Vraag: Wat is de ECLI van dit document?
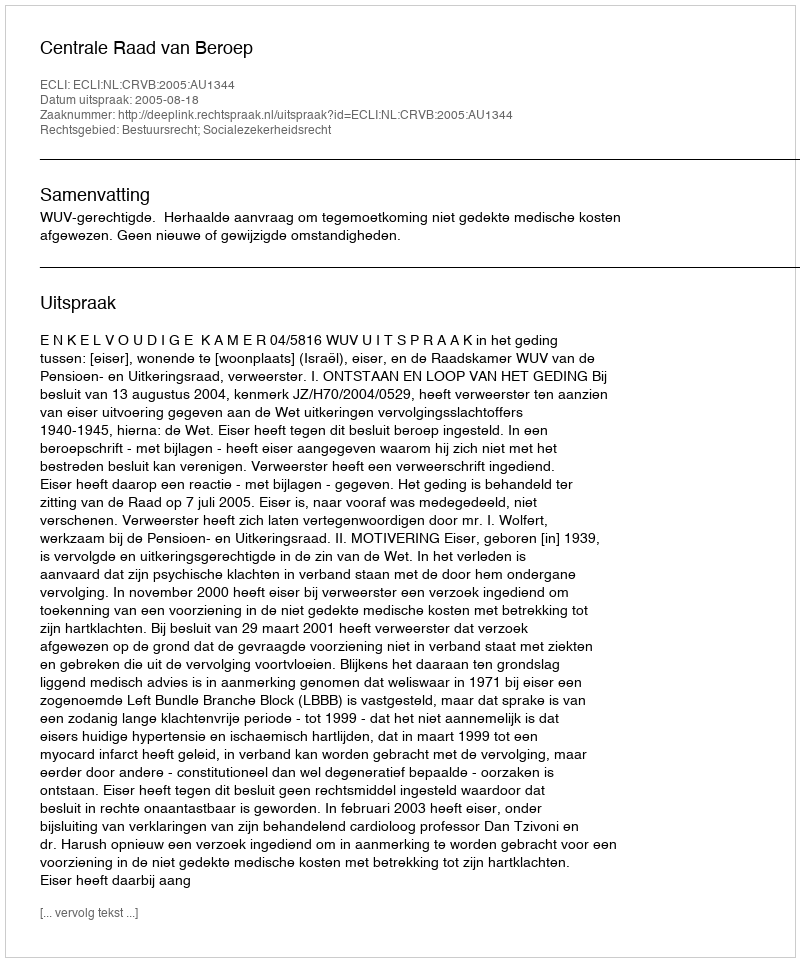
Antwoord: ECLI:NL:CRVB:2005:AU1344